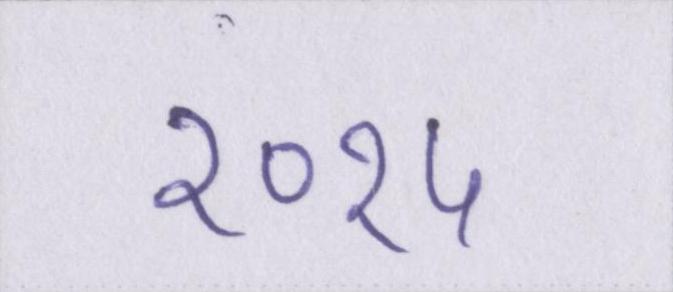
२०१५